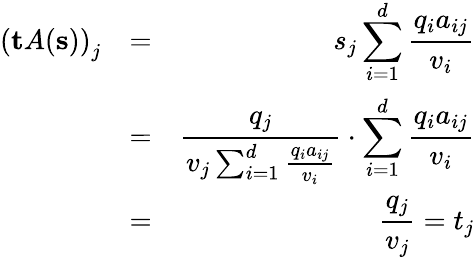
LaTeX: \begin{array}{rlr}{\left(\mathbf{t}A(\mathbf{s})\right)_{j}}&{=}&{s_{j}\displaystyle\sum_{i=1}^{d}\frac{q_{i}a_{ij}}{v_{i}}}\\ &{=}&{\displaystyle\frac{q_{j}}{v_{j}\sum_{i=1}^{d}\frac{q_{i}a_{ij}}{v_{i}}}\cdot\sum_{i=1}^{d}\frac{q_{i}a_{ij}}{v_{i}}}\\ &{=}&{\displaystyle\frac{q_{j}}{v_{j}}=t_{j}}\end{array}